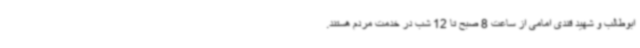
ابوطالب و شهید قندی امامی از ساعت 8 صبح تا 12 شب در خدمت مردم هستند.